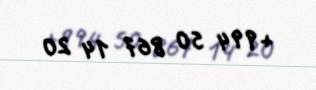
+994 50 867 14 20